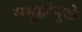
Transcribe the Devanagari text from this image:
समूहांमुळे